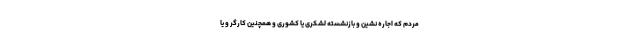
مردم که اجاره نشین و بازنشسته لشکری یا کشوری و همچنین کارگر و یا